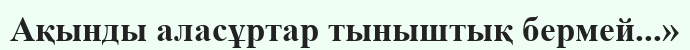
Ақынды аласұртар тыныштық бермей...»